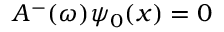
A ^ { - } ( \omega ) \psi _ { 0 } ( x ) = 0